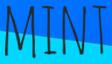
MINT